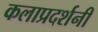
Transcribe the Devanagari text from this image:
कलाप्रदर्शनी